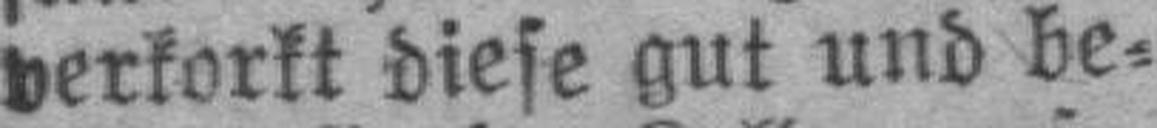
verkorkt diese gut und be¬